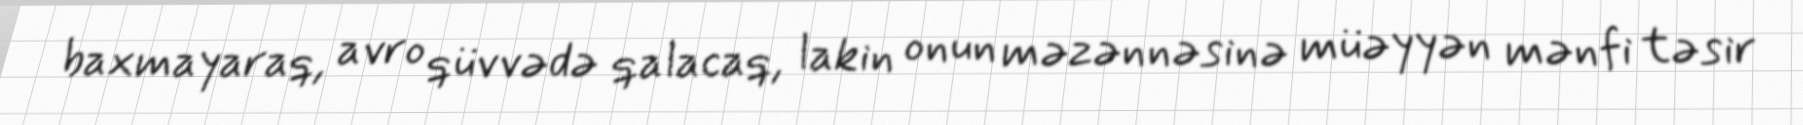
baxmayaraq, avro qüvvədə qalacaq, lakin onun məzənnəsinə müəyyən mənfi təsir